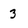
Character: 3